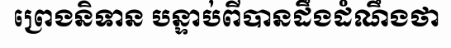
ព្រេងនិទាន បន្ទាប់ពីបានដឹងដំណឹងថា